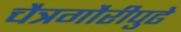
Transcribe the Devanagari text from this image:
चैत्रगौरीपुढे